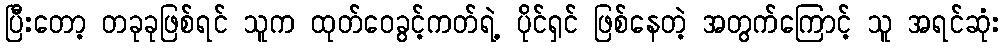
ပြီးတော့ တခုခုဖြစ်ရင် သူက ထုတ်ဝေခွင့်ကတ်ရဲ့ ပိုင်ရှင် ဖြစ်နေတဲ့ အတွက်ကြောင့် သူ အရင်ဆုံး